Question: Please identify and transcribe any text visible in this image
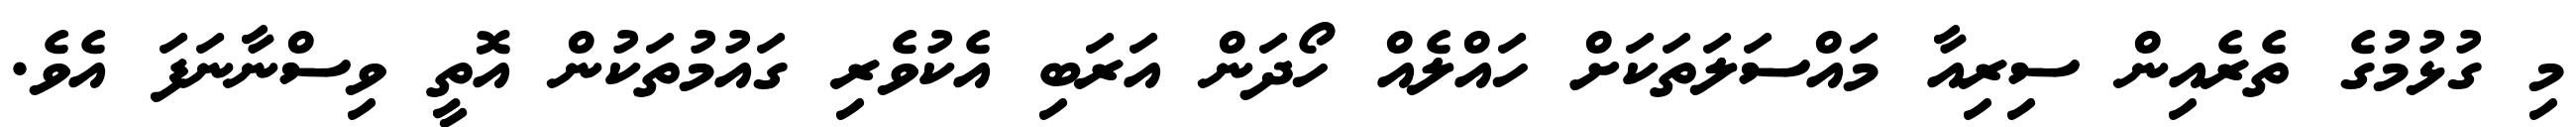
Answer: މި ގުޅުމުގެ ތެރެއިން ސިރިއާ މައްސަލަތަކަށް ހައްލެއް ހޯދަން އަރަބި އެކުވެރި ގައުމުތަކުން އޮތީ ވިސްނާނަފަ އެވެ.